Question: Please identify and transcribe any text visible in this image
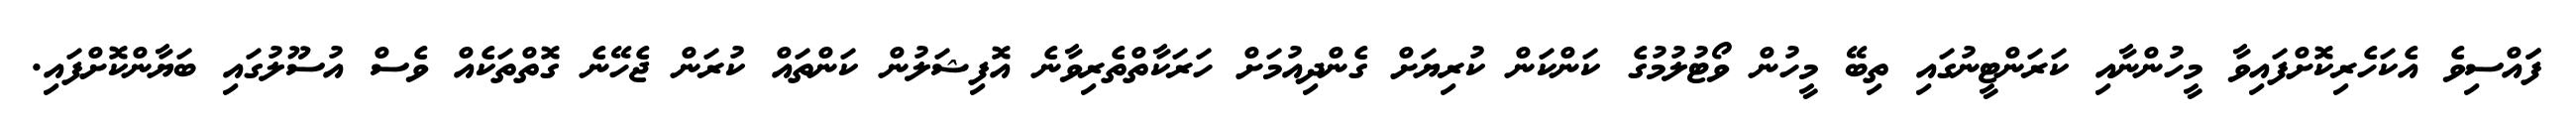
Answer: ފަައްސިވެ އެކަހެރިކޮށްފައިވާ މީހުންނާއި ކަރަންޓީނުގައި ތިބޭ މީހުން ވޯޓުލުމުގެ ކަންކަން ކުރިޔަށް ގެންދިއުމަށް ހަރަކާތްތެރިވާނެ އޮފިޝަލުން ކަންތައް ކުރަން ޖެހޭނެ ގޮތްތަކެއް ވެސް އުސޫލުގައި ބަޔާންކޮށްފައި.